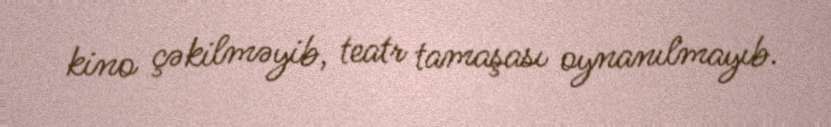
kino çəkilməyib, teatr tamaşası oynanılmayıb.